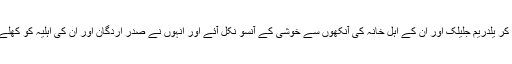
یہ ناقابل یقین منظر دیکھ کر یلدریم جلیلک اور ان کے اہل خانہ کی آنکھوں سے خوشی کے آنسو نکل آئے اور انہوں نے صدر اردگان اور ان کی اہلیہ کو کھلے دل سے خوش آمدید کہا۔